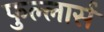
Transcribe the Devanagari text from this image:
फुल्लार्स